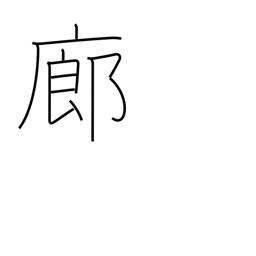
Meaning: corridor